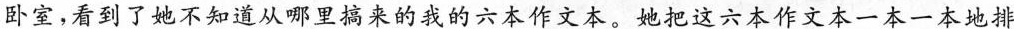
卧室，看到了她不知道从哪里搞来的我的六本作文本。她把这六本作文本一本一本地排